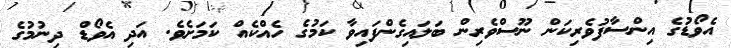
އެވޯޑުގެ އިންސާފުވެރިކަން ނޫސްވެރިން ބަލައިގެންފައިވާ ކަމުގެ ހެއްކެއް ކަމަށެވެ. އަދި އެވޯޑް ދިނުމުގެ